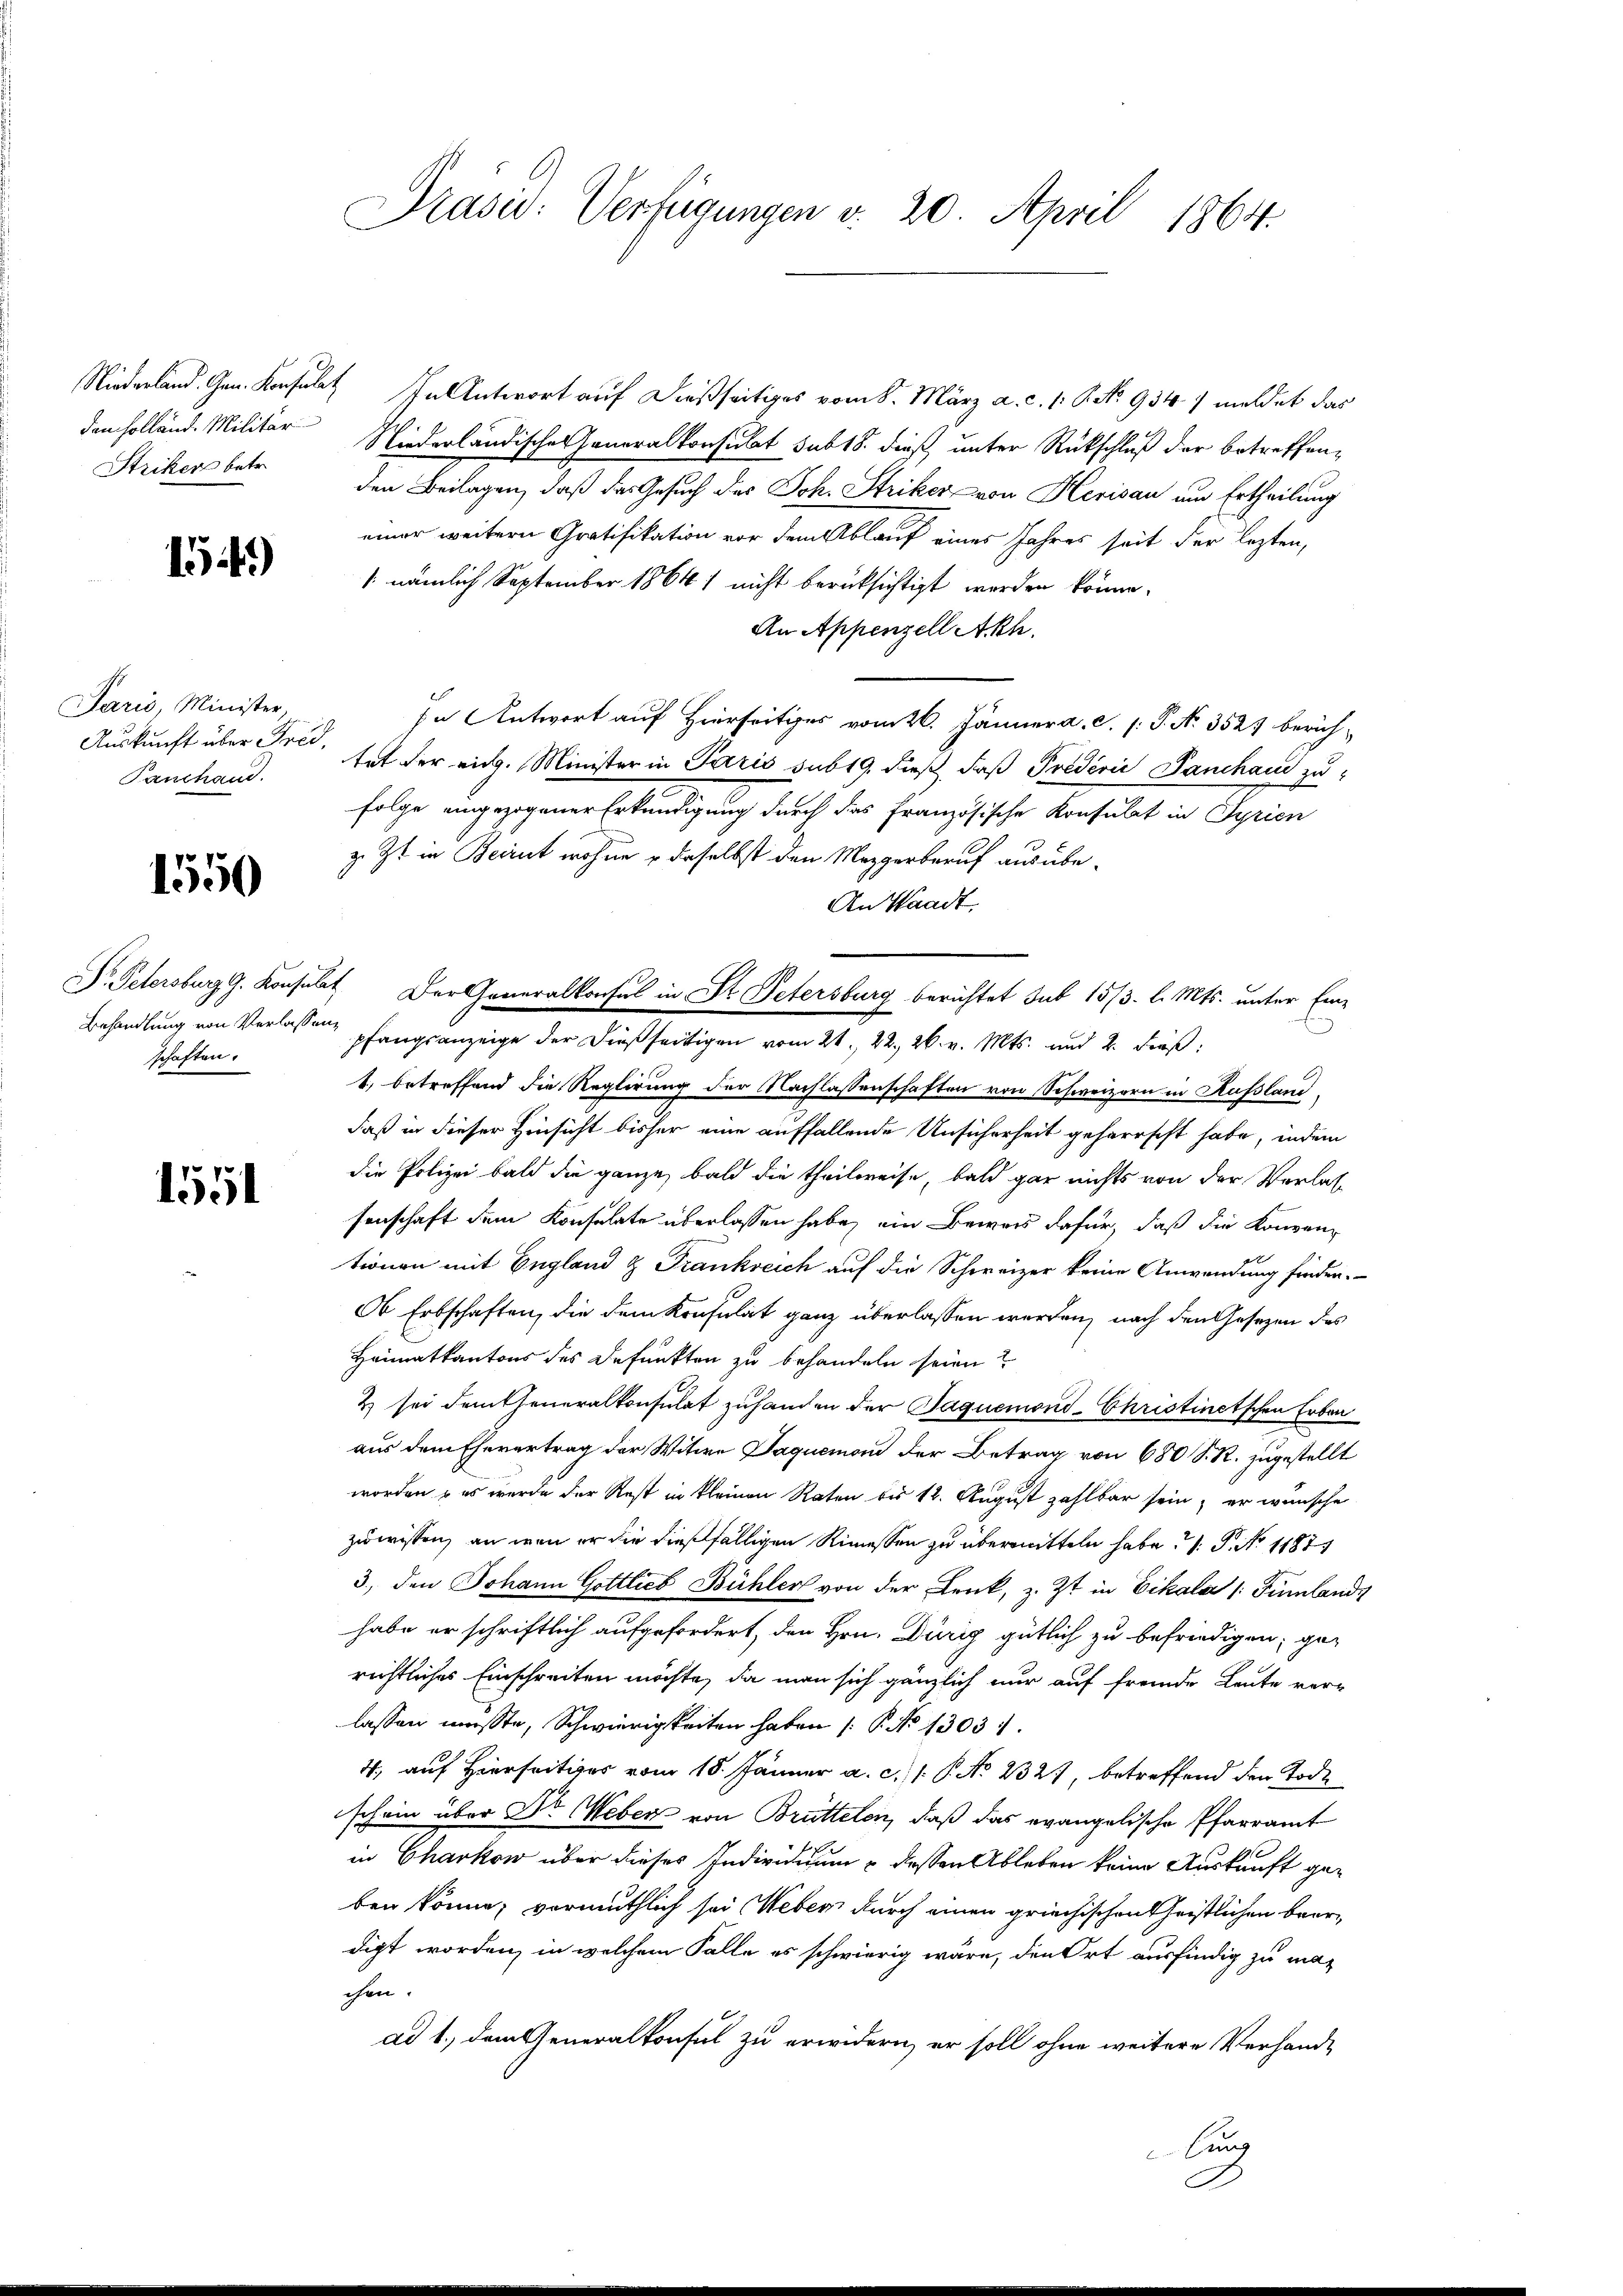
Striker betr.

154)

Paris Minister,
Auskunft über Fred,
Tanchand.

1550

schaften.

1551

Präsid. Verfügungen v. 20. April 1864.

Niederland. Gen. Konsulat In Antwort auf dießseitiges vom 8. März a. c. 1: P. No. 934/ meldet das
den Holländ. Militär Niederländische Generalkonsulat sub 18. dieß, unter Rückschluß der betreffenden Beilagen, daß das Gesuch des Joh. Striker von Herisau um Ertheilung
einer weitern Gratifikation vor dem Ablauf eines Jahres seit der lezten,
/ nämlich September 1864) nicht berüksichtigt werden könne.
An Appenzell Akh.
In Antwort auf Hierseits vom 26. Jänner a. c. s. S. No. 3523 berichtat der rich. Minister in Paris sub 19, dieß, daß Predivis Panchau zu
Folge eingezogener Erkundigung durch das Französische Konsulat in Syrien
z. Zt. in Beirut wohne o daselbst den Mezgerberuf ausübe¬
An Waadt
Behandlung von Verlassen pfangsanzeige der dießseitigen vom 21. 22. 26. v. Mts. und 2. dieß:
1) betreffend die Reglirung der Nachlassenschaften von Schweizern in Kussland
daß in dieser Hinsicht bisher eine auffallende Unsicherheit geherrscht habe, indem
die Polizei bald die ganze bald die theilweise, bald gar nichts von der Verlas-
senschaft dem Konsulate überlassen habe, ein Beweis dafür, daß die Konven
tionen mit England & Frankreich auf die Schweizer keine Anwendung finden.
Ob Erbschaften, die dem Konsulat ganz überlassen werden, nach den Gesezen des
Heimatkantons des Befunkten zu behandeln seien?
2) sei dem Cheneralkonsulat zuhanden der Jaquemond-Christinetschen Erben
aus dem Ehevertrag der Witwe Jaquemann der Betrag von 680 S. R. zugestellt
worden, – es wurde der Rest in kleinen Raten bis 12. August zahlbar sein, er wünsche
zuwissen, an wenn er die dießfälligen Kimessen zu übermitteln habe: 1. P. No 1187
3., den Johann Gottlieb Bühler von der Lenk, z. Zt. in Eikala /: Fümlands
habe er schriftlich aufgefordert, den Hrn. Dürig gütlich zu befriedigen, ge-
richtliches Einschreiten möchte, da man sich gänzlich nur auf fremde Leute ver-
lassen müsste, Schwierigkeiten haben ( P. No 13031.
4, auf Hierseitiger vom 18. Jänner a. c. 1 P. No 2327, betreffend den Tode
schein über Dr. Weber von Brüttelen, daß das evangelische Pfarramt
in Charkow über dieses Individuum & dessen Ableben keine Auskunft geben könne; vermuthlich sei Weber durch einen griechischen Christlichen Baardigt worden, in welchem Falle es schwierig wäre, den Ort ausfindig zu machen.
ad 1., dem Generalkonsul zu erwidern, er soll ohne weitere Verhandlung
A

Dr. Petersburg G. Konsulat Der Generalkonsul in Dr. Petersburg berichtet sub 15/3. l. Mts. unter Ein¬